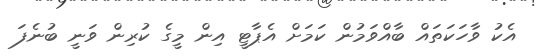
އެކު ވާހަކަތައް ބާއްވަމުން ކަމަށް އެޕާޓީ އިން މީގެ ކުރިން ވަނީ ބުނެފަ